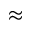
\approx